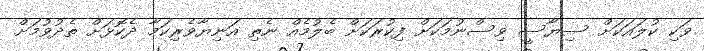
ވަކި ކުލައަކަށް ސިޔާސީ ވިސްނުމަކަށް ފިކުރަކަށް ބެލުމެއް ނެތި އަނިޔާވެރިކަމާ ދެކޮޅަށް ތެދުވުމަށް